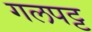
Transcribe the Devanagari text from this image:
गलपट्ट